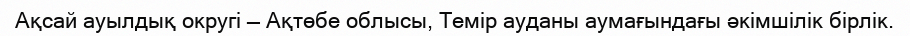
Ақсай ауылдық округі — Ақтөбе облысы, Темір ауданы аумағындағы әкімшілік бірлік.